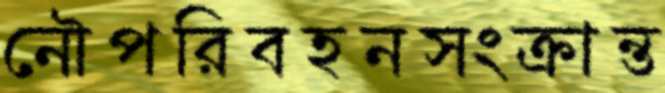
নৌপরিবহনসংক্রান্ত